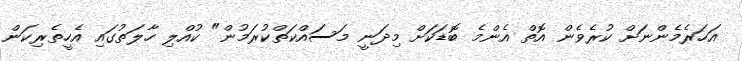
އަހަރެމެންނަށް ކުރެވެން އޮތް އެންމެ ބޮޑަކަށް މިދަނީ މަސައްކަތްކުރަމުން" ކުއްލި ހާލަތުގައި އެހީތެރިކަން